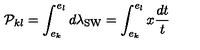
{ \cal P } _ { k l } = \int _ { e _ { k } } ^ { e _ { l } } d \lambda _ { \mathrm { S W } } = \int _ { e _ { k } } ^ { e _ { l } } x \frac { d t } { t }